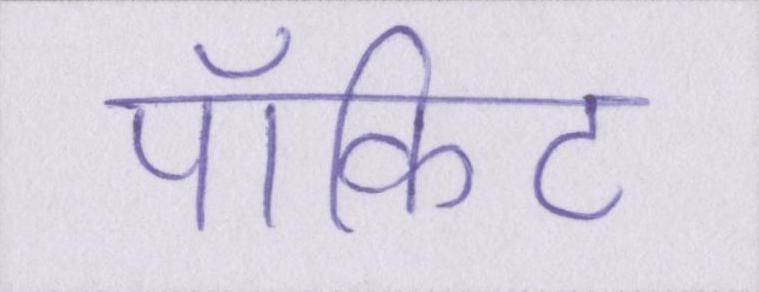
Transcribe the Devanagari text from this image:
पॉकिट